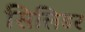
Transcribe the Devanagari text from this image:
सिलिडर